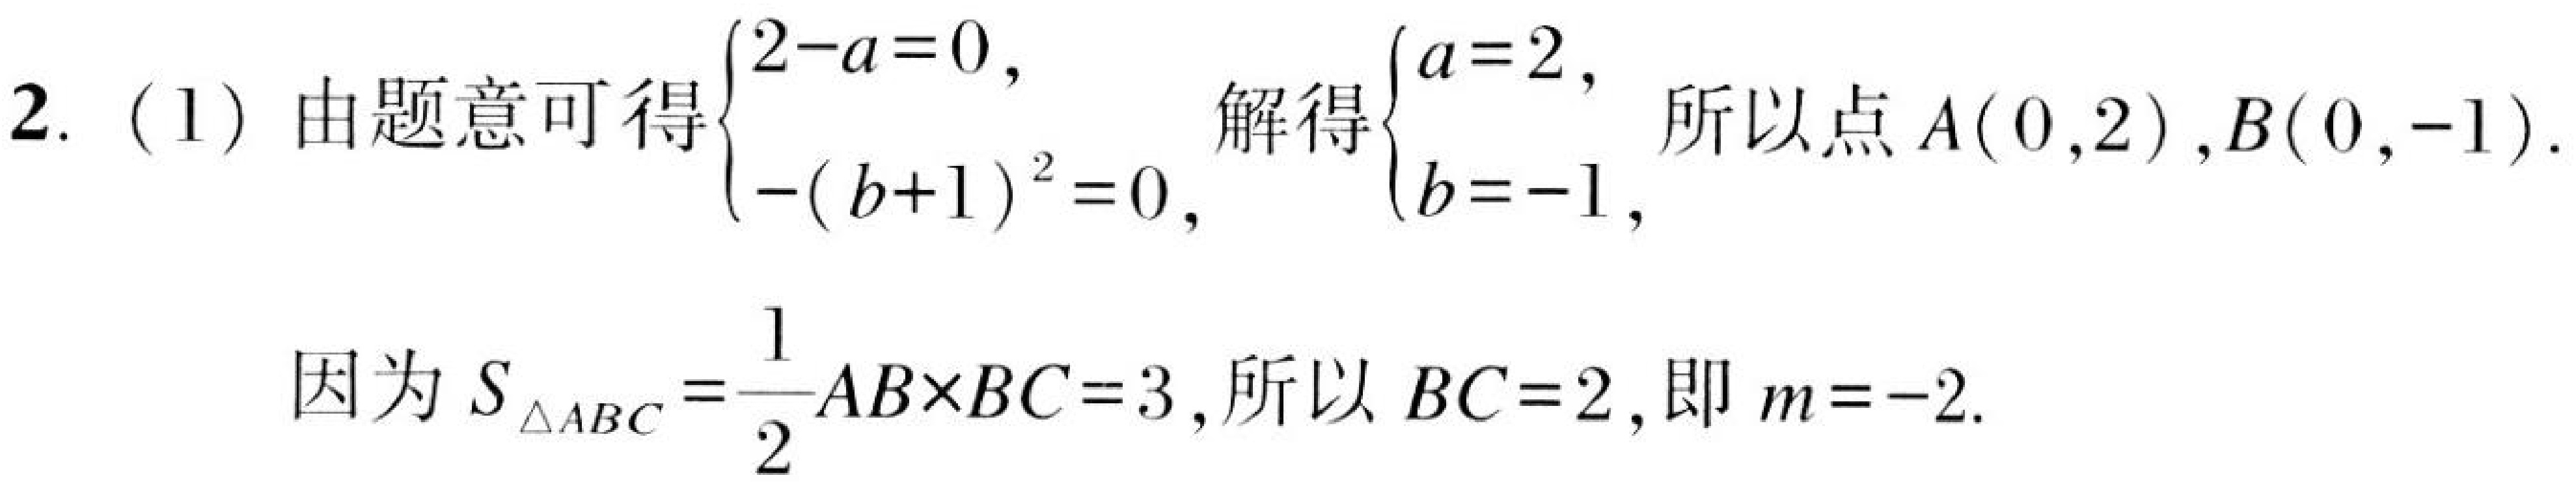
2. (1) 由题意可得\(\begin{cases}2 - a = 0,\\-(b + 1)^{2}=0,\end{cases}\) 解得\(\begin{cases}a = 2,\\b = - 1,\end{cases}\) 所以点\(A(0,2)\), \(B(0,-1)\).

因为\(S_{\triangle ABC}=\dfrac{1}{2}AB\times BC = 3\), 所以\(BC = 2\), 即\(m=-2\).